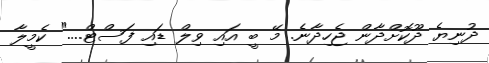
ދުނިޔެ ދޫކޮށްދާން ޖެހިދާނެ. މޭ ބީ އައި ވިލް ޑައި ފަސްޓް...." ކެމީލާ